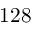
1 2 8